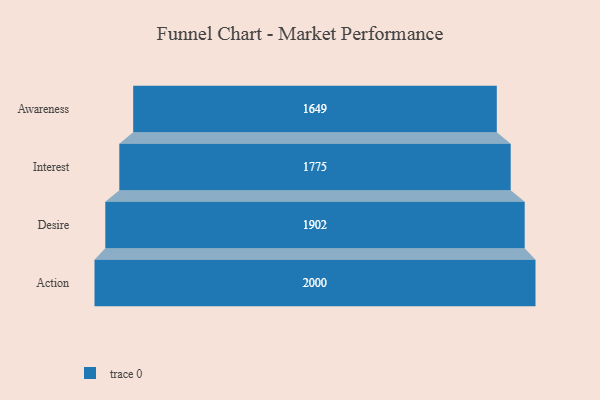
{"axis": {"x": "Stage", "y": "Value"}, "legend": [""], "data": [{"x": "Awareness", "y": 1649.0, "type": ""}, {"x": "Interest", "y": 1775.0, "type": ""}, {"x": "Desire", "y": 1902.0, "type": ""}, {"x": "Action", "y": 2000, "type": ""}]}